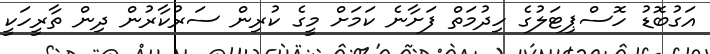
އަގުބޮޑު ހޮސްޕިޓަލުގެ ހިދުމަތް ފަށާނެ ކަމަށް މީގެ ކުރިން ސަރުކާރުން ދިން ތާރީހަކީ